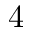
4